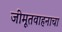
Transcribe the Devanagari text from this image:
जीमूतवाहनाचा